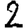
Digit: 2